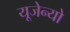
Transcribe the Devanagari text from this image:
यूजेन्यो